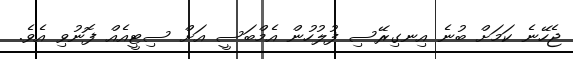
ޖެހޭނެ ކަމަށް ބުނެ އިނގިރޭސި ފުލުހުން އެމްބަސީ އަށް ސިޓީއެއް ފޮނުވި އެވެ.